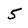
Character: 5